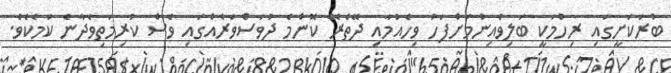
ބުރަކަށީގައި ރިހުމަކީ ބަލިވެއިނުމަށްފަހު ވިހެއުމާއި ދޭތެރޭ ކޮންމެ ދުވަސްވަރެއްގައި ވެސް ކުރިމަތިވެދާނެ ކަމެކެވެ.